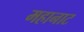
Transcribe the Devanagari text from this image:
महानाट